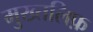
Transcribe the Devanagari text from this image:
मुख्तलिफ़